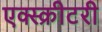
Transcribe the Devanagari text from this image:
एक्स्क्रीटरी